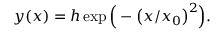
y ( x ) = h \exp { \Big ( - \big ( x / x _ { 0 } \big ) ^ { 2 } \Big ) } .